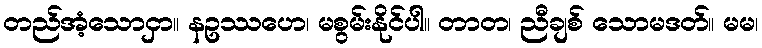
တည်အံ့သောငှာ။ နဥဿဟေ၊ မစွမ်းနိုင်ပါ။ တာတ၊ ညီချစ် သောမဒတ်။ မမ၊